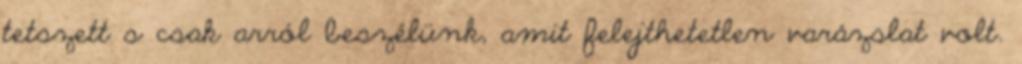
tetszett s csak arról beszélünk, amit felejthetetlen varázslat volt.